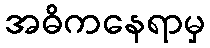
အဓိကနေရာမှ